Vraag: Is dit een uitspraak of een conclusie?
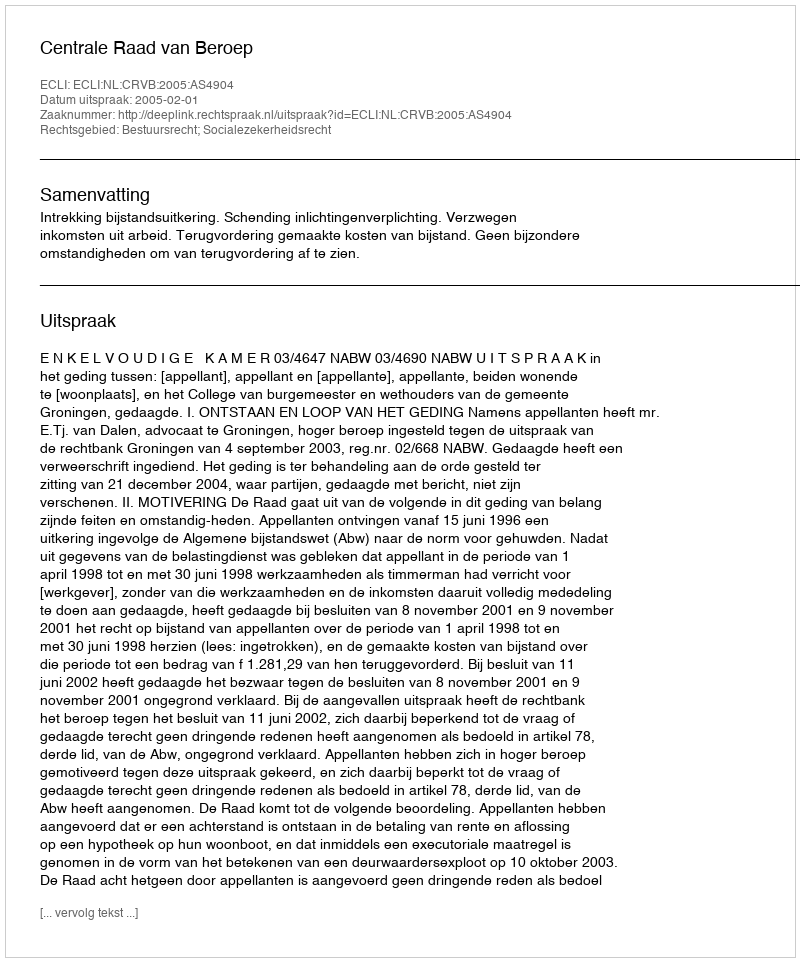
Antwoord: Uitspraak